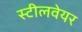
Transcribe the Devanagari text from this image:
स्टीलवेयर